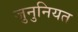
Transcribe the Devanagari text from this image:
जुनुनियत